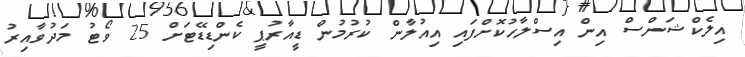
އިލެކްޝަންސް އިން އިސްލާހުކޮށްފައި އިއުލާން ކުރުމުން ޑީއާރުޕީ ކެންޑިޑޭޓަށް 25 ވޯޓު މަދުވާއިރު